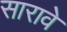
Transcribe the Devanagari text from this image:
सारावे